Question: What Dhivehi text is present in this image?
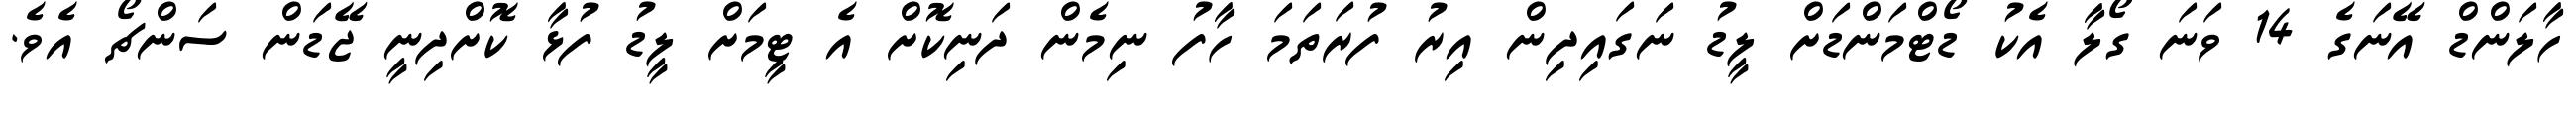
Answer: ހާލަންޑް އޭނަގެ 14 ވަނަ ގޯލާ އެކު ޑޯޓްމަންޑަށް ލީޑު ނަގައިދިން އިރު ފުރަތަމަ ހާފު ނިމެން ދަނިކޮށް އެ ޓީމަށް ލީޑު ފުޅާ ކޮށްދިނީ ޖޭޑަން ސަންޗޯ އެވެ.